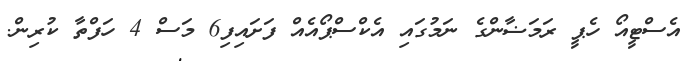
އެސްޓީއޯ ހެޕީ ރަމަޟާންގެ ނަމުގައި އެކްސްޕޯއެއް ފަށައިފި6 މަސް 4 ހަފްތާ ކުރިން.